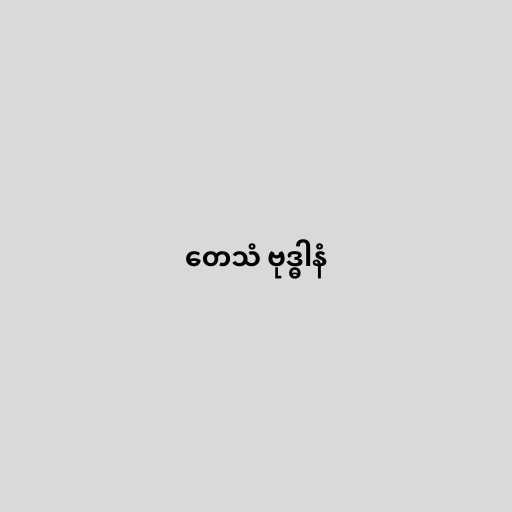
တေသံ ဗုဒ္ဓါနံ